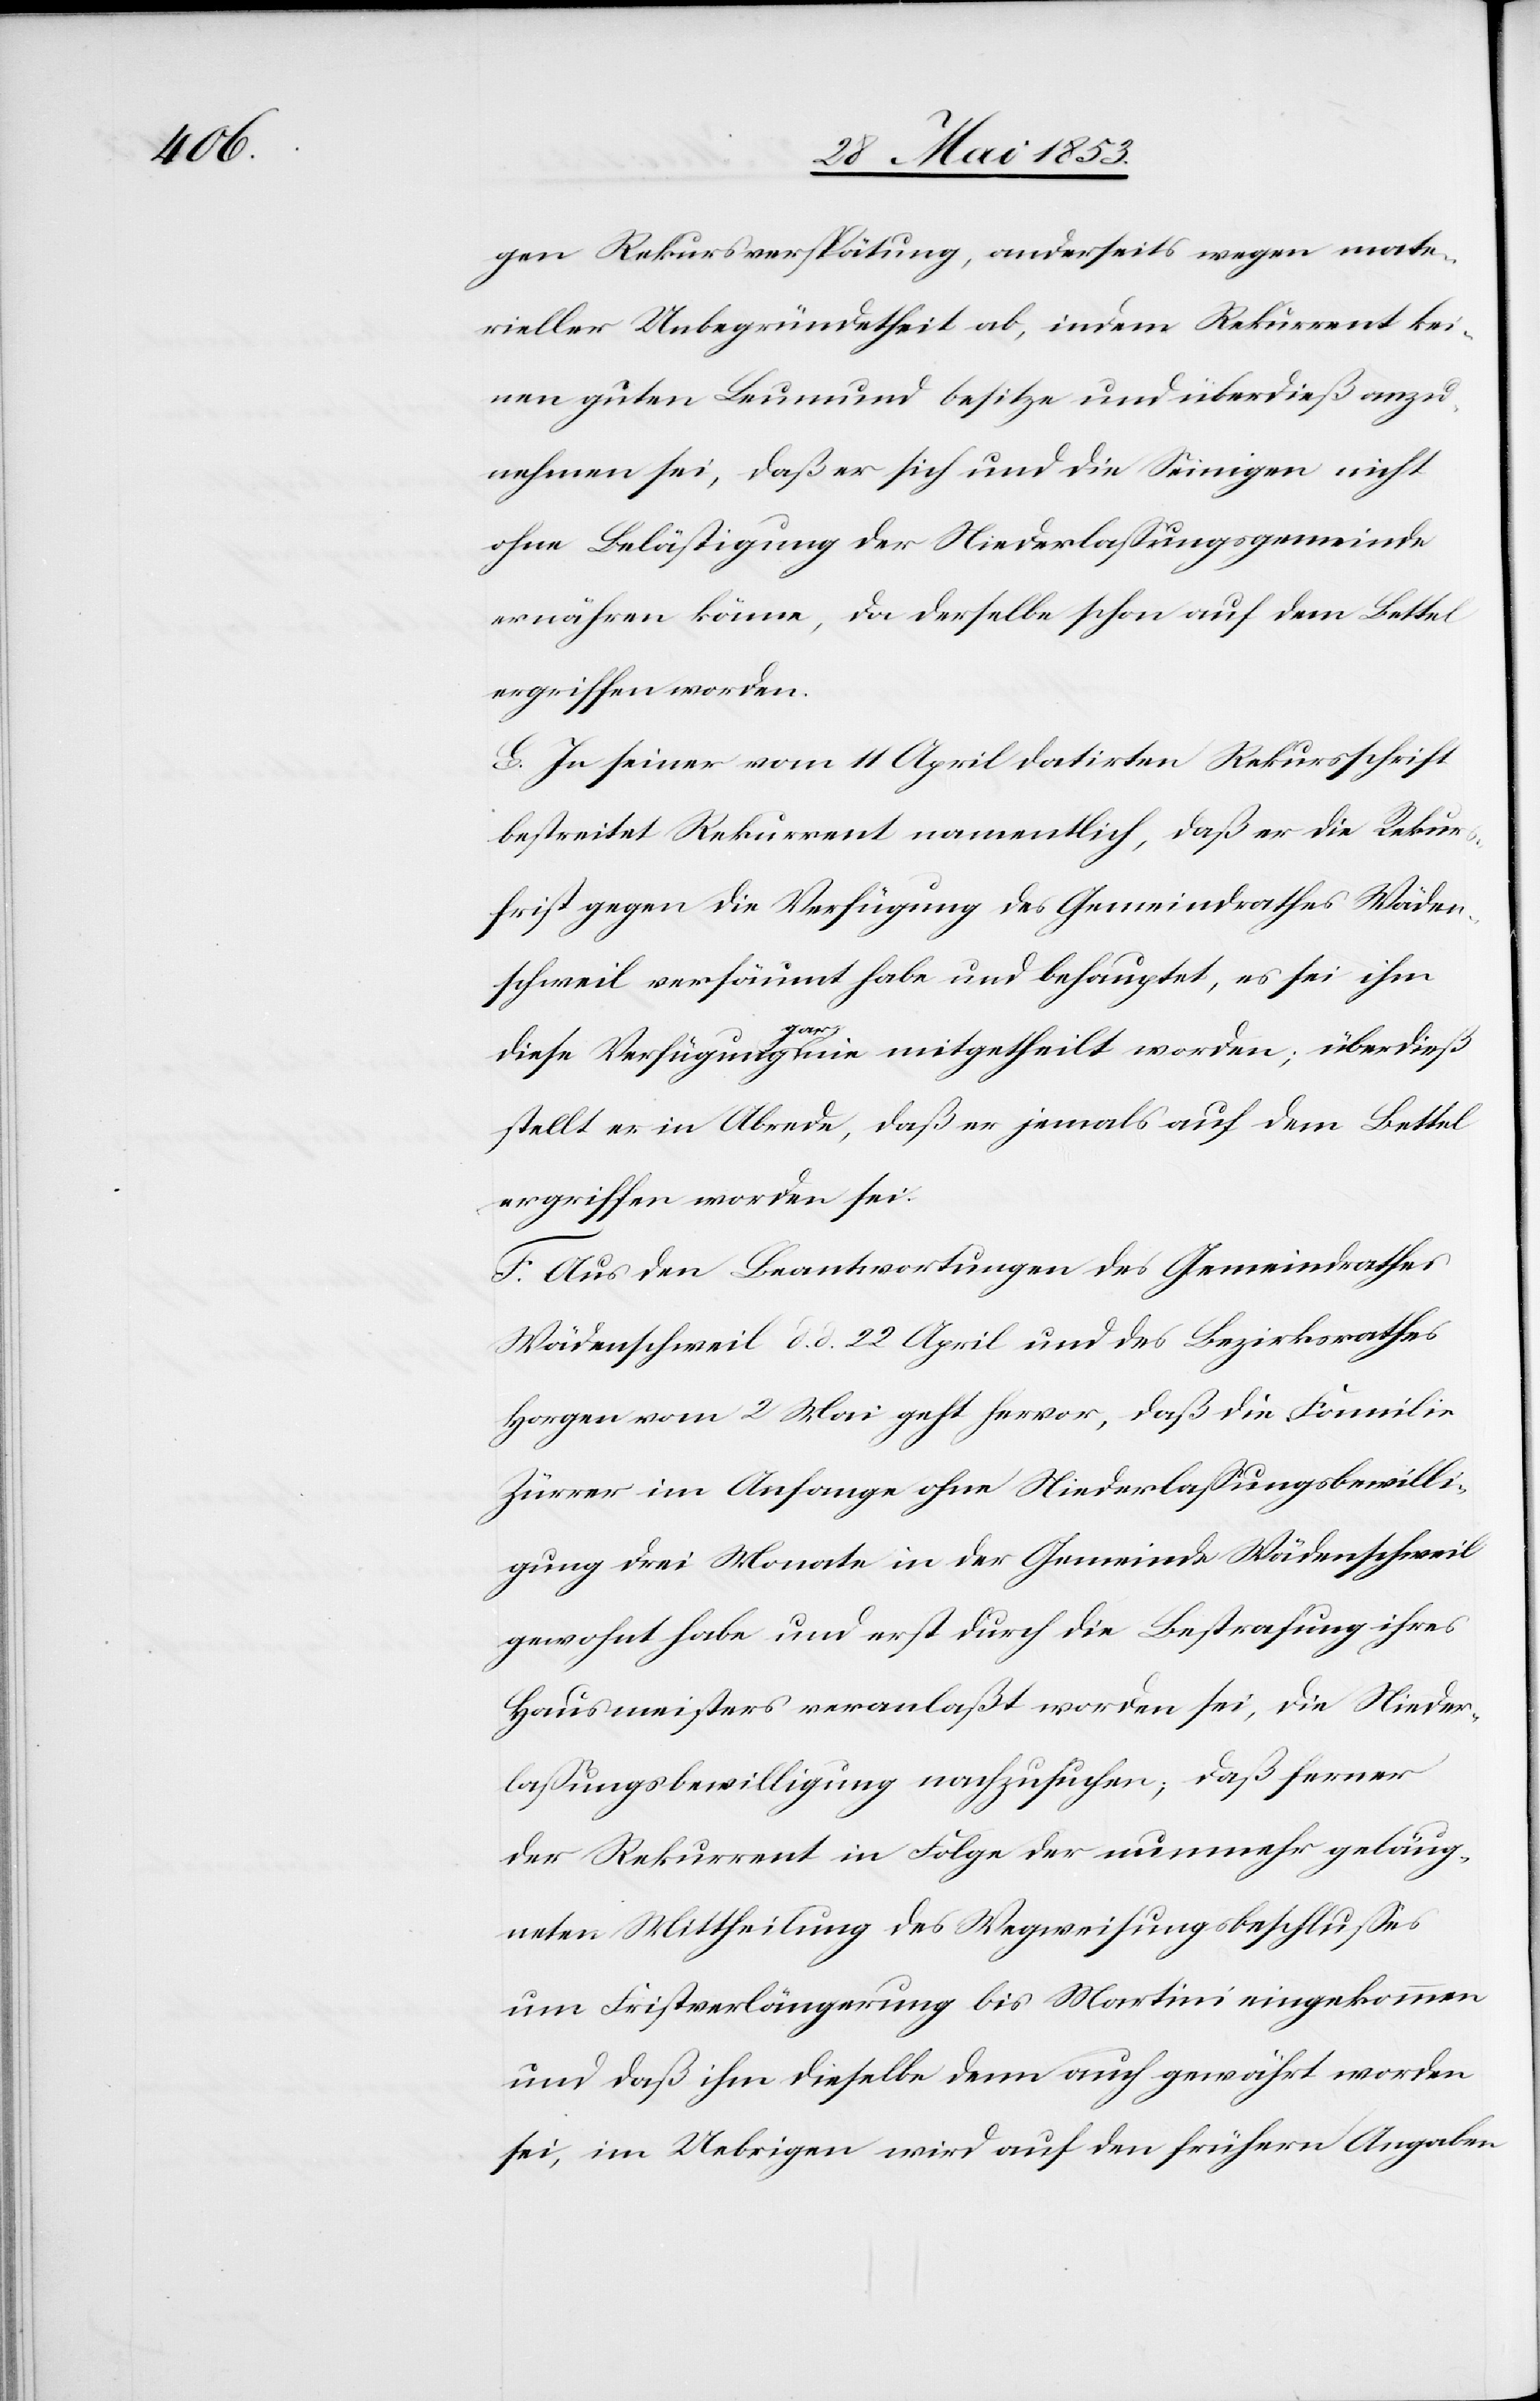
gen Rekursverspätung, anderseits wegen mate¬
rieller Unbegründetheit ab, indem Rekurrent kei¬
nen guten Leumund besitze und überdieß anzu¬
nehmen sei, daß er sich und die Seinigen nicht
ohne Bestätigung der Niederlassungsgemeinde
ernähren könne, da derselbe schon auf dem Bettel
ergriffen worden.
E. In seiner vom 11 April datirten Rekursschrift
bestreitet Rekurrent namentlich, daß er die Rekurs¬
frist gegen die Verfügung des Gemeindrathes Wäden¬
schweil versäumt habe und behauptet, es sei ihm
diese Verfügung gar nie mitgetheilt worden; überdieß
stellt er in Abrede, daß er jemals auf dem Bettel
ergriffen worden sei.
F. Aus den Beantwortungen des Gemeindrathes
Wädenschweil d. d. 22 April und des Bezirksrathes
Horgen vom 2 Mai geht hervor, daß die Familie
Zürrer im Anhange ohne Niederlassungsbewilli¬
gung drei Monate in der Gemeinde Wädenschweil
gewohnt habe und erst durch die Bestrafung ihres
Hausmeisters veranlaßt worden sei, die Nieder¬
lassungsbewilligung nachzusuchen, daß ferner
der Rekurrent in Folge der nunmehr geläug¬
neten Mittheilung des Wegweisungsbeschlußes
um Fristverlängerung bis Martini eingekommen
sei, im Uebrigen wird auf den frühern Angaben